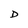
Character: D